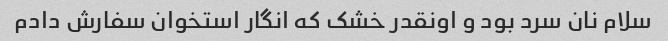
سلام نان سرد بود و اونقدر خشک که انگار استخوان سفارش دادم